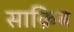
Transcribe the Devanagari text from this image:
साक़िब